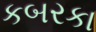
કબરકા